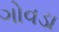
ગોવડા